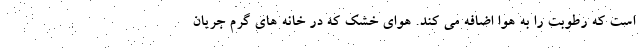
است که رطوبت را به هوا اضافه می کند. هوای خشک که در خانه های گرم جریان